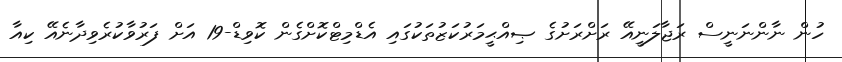
ހުން ނާންނަނީސް ރަޖާލަނީއޭ ރަށްރަށުގެ ޞިއްޙީމަރުކަޒުތަކުގައި އެޑްމިޓްކޮށްގެން ކޮވިޑް-19 އަށް ފަރުވާކުރެވިދާނެއޭ ކިއާ